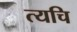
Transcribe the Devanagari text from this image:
त्यचि